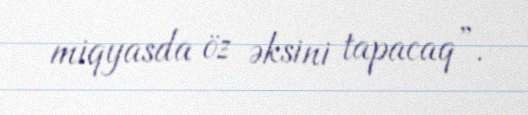
miqyasda öz əksini tapacaq”.